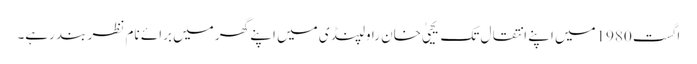
اگست 1980میں اپنے انتقال تک یحییٰ خان راولپنڈی میں اپنے گھر میں برائے نام نظر بند رہے۔